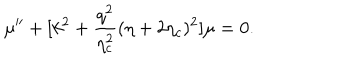
LaTeX: \mu ^ { \prime \prime } + [ k ^ { 2 } + \frac { q ^ { 2 } } { \eta _ { c } ^ { 2 } } ( \eta + 2 \eta _ { c } ) ^ { 2 } ] \mu = 0 .